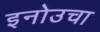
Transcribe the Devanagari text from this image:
इनोउचा